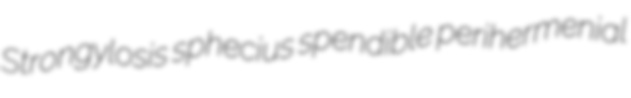
Strongylosis sphecius spendible perihermenial